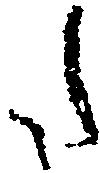
た